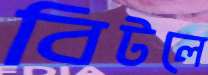
বিটলে